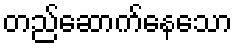
တည်ဆောက်နေသော